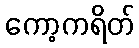
ကော့ကရိတ်